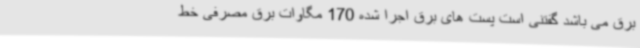
برق می باشد گفتنی است پست های برق اجرا شده 170 مگاوات برق مصرفی خط